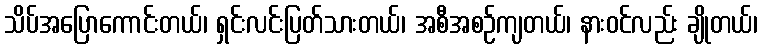
သိပ်အပြောကောင်းတယ်၊ ရှင်းလင်းပြတ်သားတယ်၊ အစီအစဉ်ကျတယ်၊ နားဝင်လည်း ချိုတယ်၊